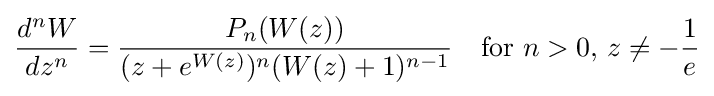
{\frac {d^{n}W}{dz^{n}}}={\frac {P_{n}(W(z))}{(z+e^{W(z)})^{n}(W(z)+1)^{n-1}}}\quad {\text{for }}n>0,\,z\neq -{\frac {1}{e}}